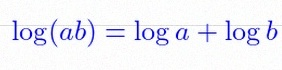
\log(ab)=\log a+\log b